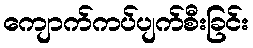
ကျောက်ကပ်ပျက်စီးခြင်း